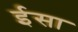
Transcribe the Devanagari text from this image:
र्इसा